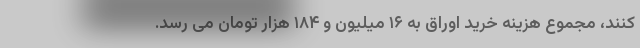
کنند، مجموع هزینه خرید اوراق به ۱۶ میلیون و ۱۸۴ هزار تومان می رسد.